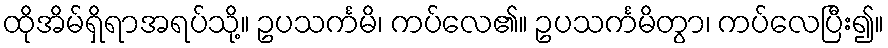
ထိုအိမ်ရှိရာအရပ်သို့။ ဥပသင်္ကမိ၊ ကပ်လေ၏။ ဥပသင်္ကမိတွာ၊ ကပ်လေပြီး၍။